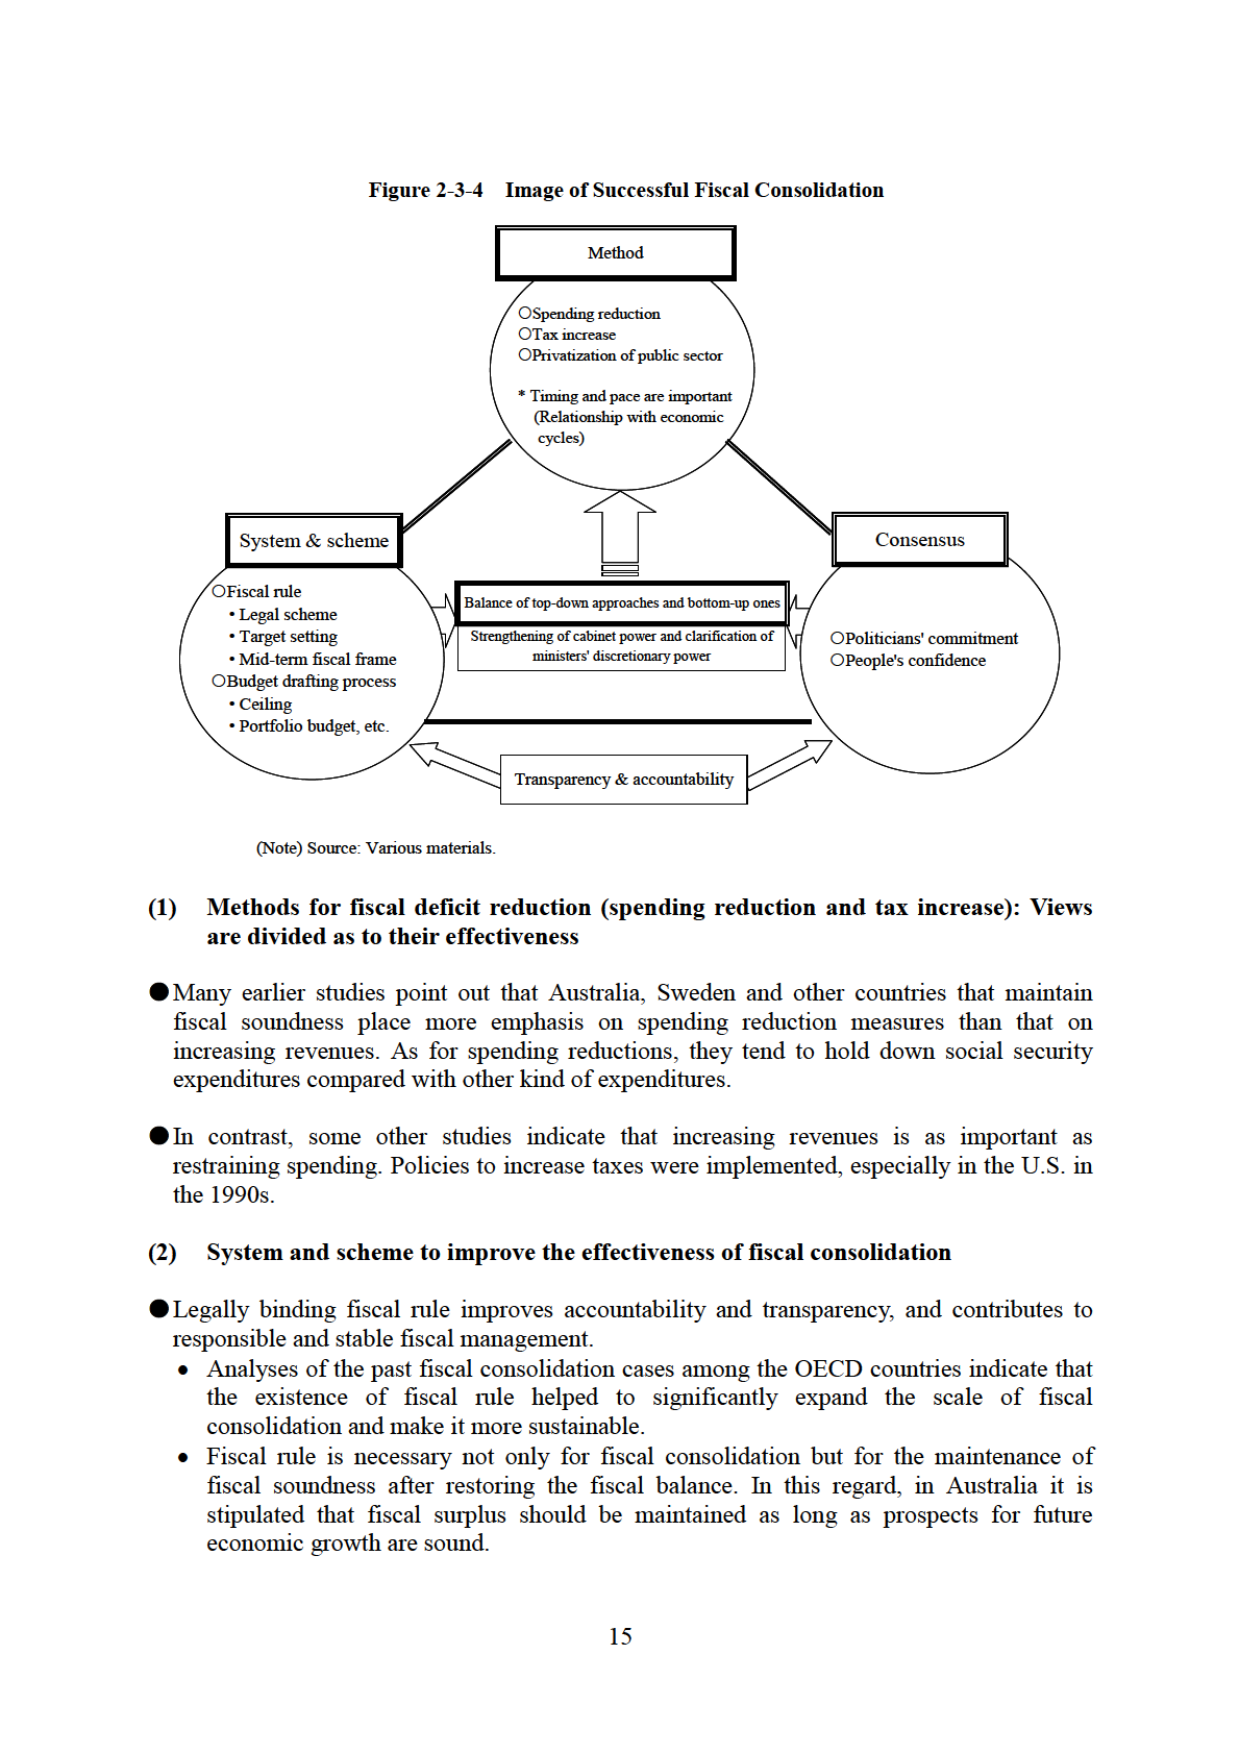
Figure 2-3-4 Image of Successful Fiscal Consolidation

Method
○Spending reduction
○Tax increase
○Privatization of public sector
* Timing and pace are important
(Relationship with economic cycles)

System & scheme
○Fiscal rule
• Legal scheme
• Target setting
• Mid-term fiscal frame
○Budget drafting process
• Ceiling
• Portfolio budget, etc.

Consensus
○Politicians' commitment
○People's confidence

Balance of top-down approaches and bottom-up ones
Strengthening of cabinet power and clarification of ministers' discretionary power

Transparency & accountability

(Note) Source: Various materials.

(1) Methods for fiscal deficit reduction (spending reduction and tax increase): Views are divided as to their effectiveness

● Many earlier studies point out that Australia, Sweden and other countries that maintain fiscal soundness place more emphasis on spending reduction measures than that on increasing revenues. As for spending reductions, they tend to hold down social security expenditures compared with other kind of expenditures.

● In contrast, some other studies indicate that increasing revenues is as important as restraining spending. Policies to increase taxes were implemented, especially in the U.S. in the 1990s.

(2) System and scheme to improve the effectiveness of fiscal consolidation

● Legally binding fiscal rule improves accountability and transparency, and contributes to responsible and stable fiscal management.
• Analyses of the past fiscal consolidation cases among the OECD countries indicate that the existence of fiscal rule helped to significantly expand the scale of fiscal consolidation and make it more sustainable.
• Fiscal rule is necessary not only for fiscal consolidation but for the maintenance of fiscal soundness after restoring the fiscal balance. In this regard, in Australia it is stipulated that fiscal surplus should be maintained as long as prospects for future economic growth are sound.

15